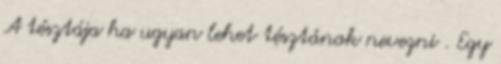
A tésztája ha ugyan lehet tésztának nevezni . Egy